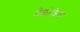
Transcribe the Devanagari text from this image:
मैक्रोफेक